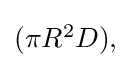
{\textstyle (\pi R^{2}D),}